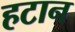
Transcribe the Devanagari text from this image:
हटान